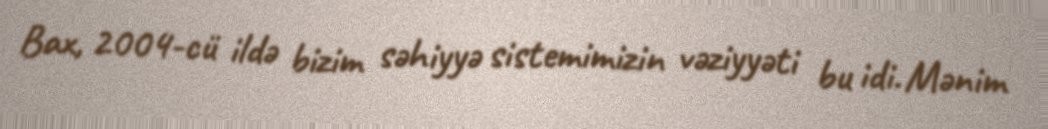
Bax, 2004-cü ildə bizim səhiyyə sistemimizin vəziyyəti bu idi. Mənim